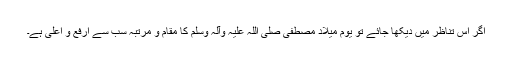
اگر اِس تناظر میں دیکھا جائے تو یومِ میلادِ مصطفیٰ صلی اللہ علیہ وآلہ وسلم کا مقام و مرتبہ سب سے اَرفع و اَعلیٰ ہے۔